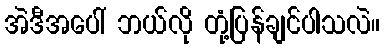
အဲဒီအပေါ် ဘယ်လို တုံ့ပြန်ချင်ပါသလဲ။